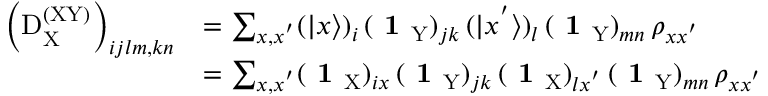
\begin{array} { r l } { \left( \mathrm { D } _ { \mathrm X } ^ { \mathrm { ( X Y ) } } \right) _ { i j l m , k n } } & { = \sum _ { x , x ^ { ' } } ( | x \rangle ) _ { i } \, ( \textbf { 1 } _ { \mathrm { Y } } ) _ { j k } \, ( | x ^ { ' } \rangle ) _ { l } \, ( \textbf { 1 } _ { \mathrm { Y } } ) _ { m n } \, \rho _ { x x ^ { ' } } } \\ & { = \sum _ { x , x ^ { ' } } ( \textbf { 1 } _ { \mathrm { X } } ) _ { i x } \, ( \textbf { 1 } _ { \mathrm { Y } } ) _ { j k } \, ( \textbf { 1 } _ { \mathrm { X } } ) _ { l x ^ { ' } } \, ( \textbf { 1 } _ { \mathrm { Y } } ) _ { m n } \, \rho _ { x x ^ { ' } } } \end{array}